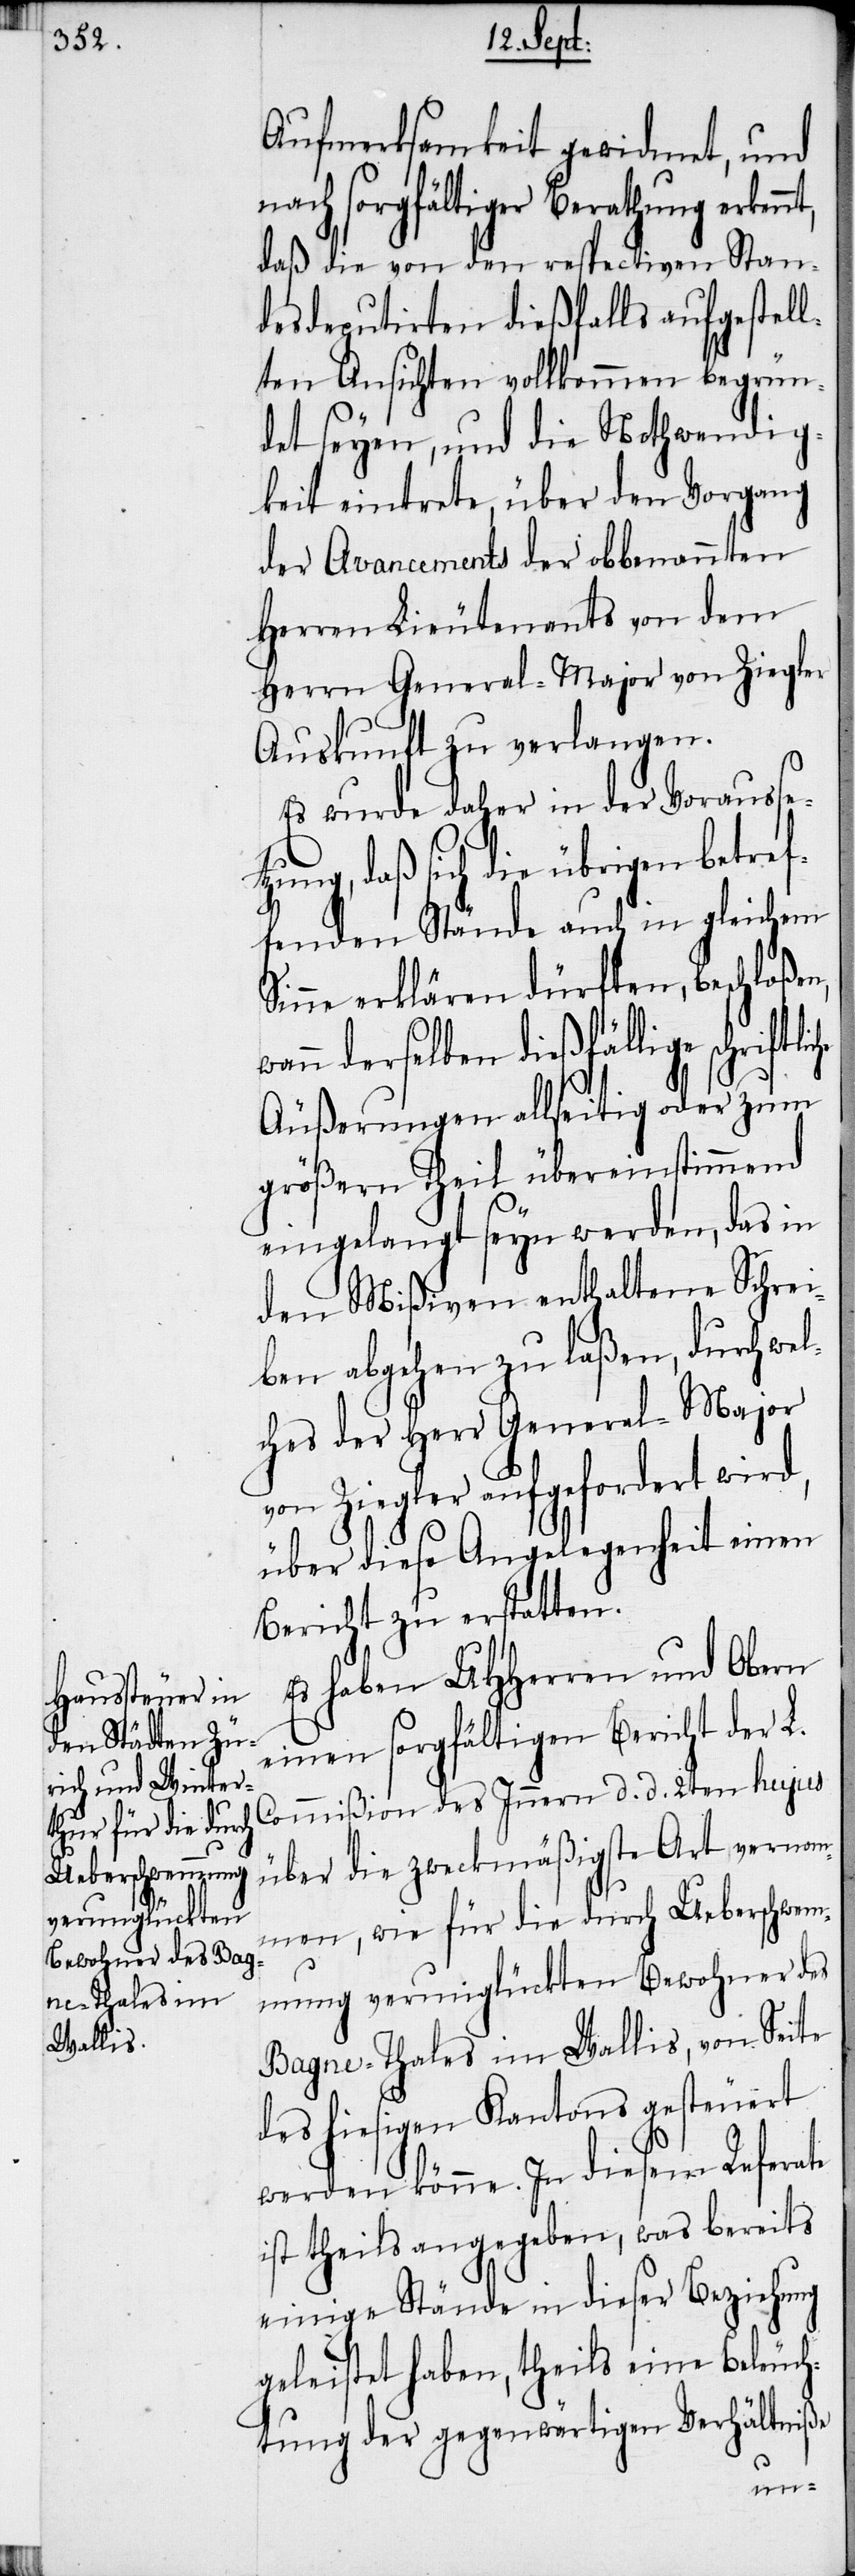
Aufmerksamkeit gewidmet, und
nach sorgfältiger Berathung erkennt,
daß die von den respectiven Stan¬
desdeputirten dießfalls aufgestell¬
ten Ansichten vollkommen begrün¬
det seyen, und die Nothwendig¬
keit eintrete, über den Vorgang
der Avancements der obbenannten
Herren Lieutenants von dem
Herrn General-Major von Ziegler
Auskunft zu verlangen.
Es wurde daher in der Vorausse¬
tzung, daß sich die übrigen betref¬
fenden Stände auch in gleichem
Sinne erklären dürften, beschloße¬
n derselben dießfällige
Äußerungen allseitig oder zum
größern Theil übereinstimmend
eingelangt seyn werden, das in
den Mißiven enthaltene Schre¬
iben abgehen zu laßen, durch wel¬
ches der Herr General-Major
von Ziegler aufgefordert wird,
über diese Angelegenheit einen
Bericht zu erstatten.
Es haben UHHerren und Obern
einen sorgfältigen Bericht der L.
Commißion des Innern d. d. 2ten hujus
über die zweckmäßigste Art vernom¬
men, wie für die durch Ueberschwem¬
mung verunglückten Bewohner des
Bagne-Thales im Wallis, von Seite
des hiesigen Kantons gesteuert
werden könne. In diesem Referate
ist theils angegeben, was bereits
einige Stände in dieser Beziehung
geleistet haben, theils eine Beleuch¬
tung der gegenwärtigen Verhältniße
wan¬